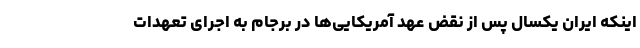
اینکه ایران یکسال پس از نقض عهد آمریکایی‌ها در برجام به اجرای تعهدات